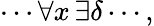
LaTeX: \cdots\forall x\, \exists\delta\cdots,